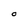
Character: O